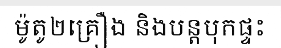
ម៉ូតូ២គ្រឿង និងបន្តបុកផ្ទះ